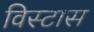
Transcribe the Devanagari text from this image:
विस्टास